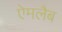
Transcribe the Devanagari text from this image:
ऐमलैब